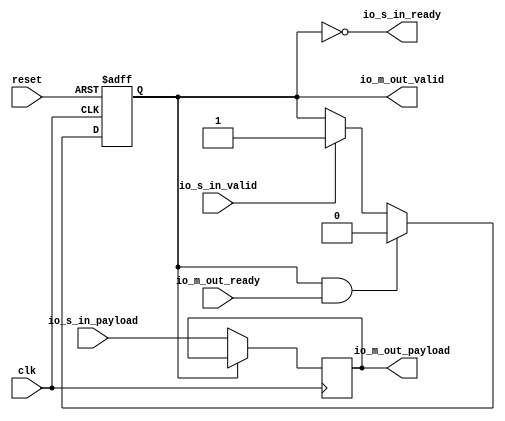
// Generator : SpinalHDL v1.7.0a    git head : 150a9b9067020722818dfb17df4a23ac712a7af8
// Component : streamReg_halfPipe
// Git hash  : 3a903e741cbbe310a98c75dc1ebbd289cb1c87a4

`timescale 1ns/1ps

module streamReg_halfPipe (
  input               io_s_in_valid,
  output              io_s_in_ready,
  input      [31:0]   io_s_in_payload,
  output              io_m_out_valid,
  input               io_m_out_ready,
  output     [31:0]   io_m_out_payload,
  input               clk,
  input               reset
);

  wire                io_s_in_halfPipe_valid;
  wire                io_s_in_halfPipe_ready;
  wire       [31:0]   io_s_in_halfPipe_payload;
  reg                 io_s_in_rValid;
  wire                io_s_in_halfPipe_fire;
  reg        [31:0]   io_s_in_rData;

  assign io_s_in_halfPipe_fire = (io_s_in_halfPipe_valid && io_s_in_halfPipe_ready);
  assign io_s_in_ready = (! io_s_in_rValid);
  assign io_s_in_halfPipe_valid = io_s_in_rValid;
  assign io_s_in_halfPipe_payload = io_s_in_rData;
  assign io_m_out_valid = io_s_in_halfPipe_valid;
  assign io_s_in_halfPipe_ready = io_m_out_ready;
  assign io_m_out_payload = io_s_in_halfPipe_payload;
  always @(posedge clk or posedge reset) begin
    if(reset) begin
      io_s_in_rValid <= 1'b0;
    end else begin
      if(io_s_in_valid) begin
        io_s_in_rValid <= 1'b1;
      end
      if(io_s_in_halfPipe_fire) begin
        io_s_in_rValid <= 1'b0;
      end
    end
  end

  always @(posedge clk) begin
    if(io_s_in_ready) begin
      io_s_in_rData <= io_s_in_payload;
    end
  end


endmodule